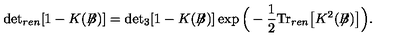
\mathrm { d e t } _ { r e n } [ 1 - K ( \not { \! \! B } ) ] = \mathrm { d e t } _ { 3 } [ 1 - K ( \not { \! \! B } ) ] \exp \Big ( - \frac { 1 } { 2 } \mathrm { T r } _ { r e n } \big [ K ^ { 2 } ( \not { \! \! B } ) \big ] \Big ) .